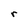
Character: r